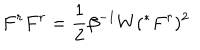
LaTeX: F ^ { r } F ^ { r } = \frac { 1 } { 2 } \beta ^ { - 1 } W ( ^ { * } F ^ { r } ) ^ { 2 }